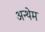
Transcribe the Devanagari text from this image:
अन्थेम